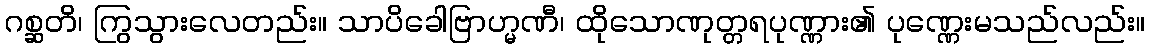
ဂစ္ဆတိ၊ ကြွသွားလေတည်း။ သာပိခေါဗြာဟ္မဏီ၊ ထိုသောဏုတ္တရပုဏ္ဏား၏ ပုဏ္ဏေးမသည်လည်း။